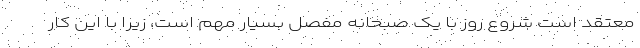
معتقد است شروع روز با یک صبحانه مفصل بسیار مهم است، زیرا با این کار